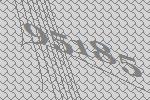
95185